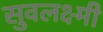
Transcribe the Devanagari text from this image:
सुवलक्ष्मी